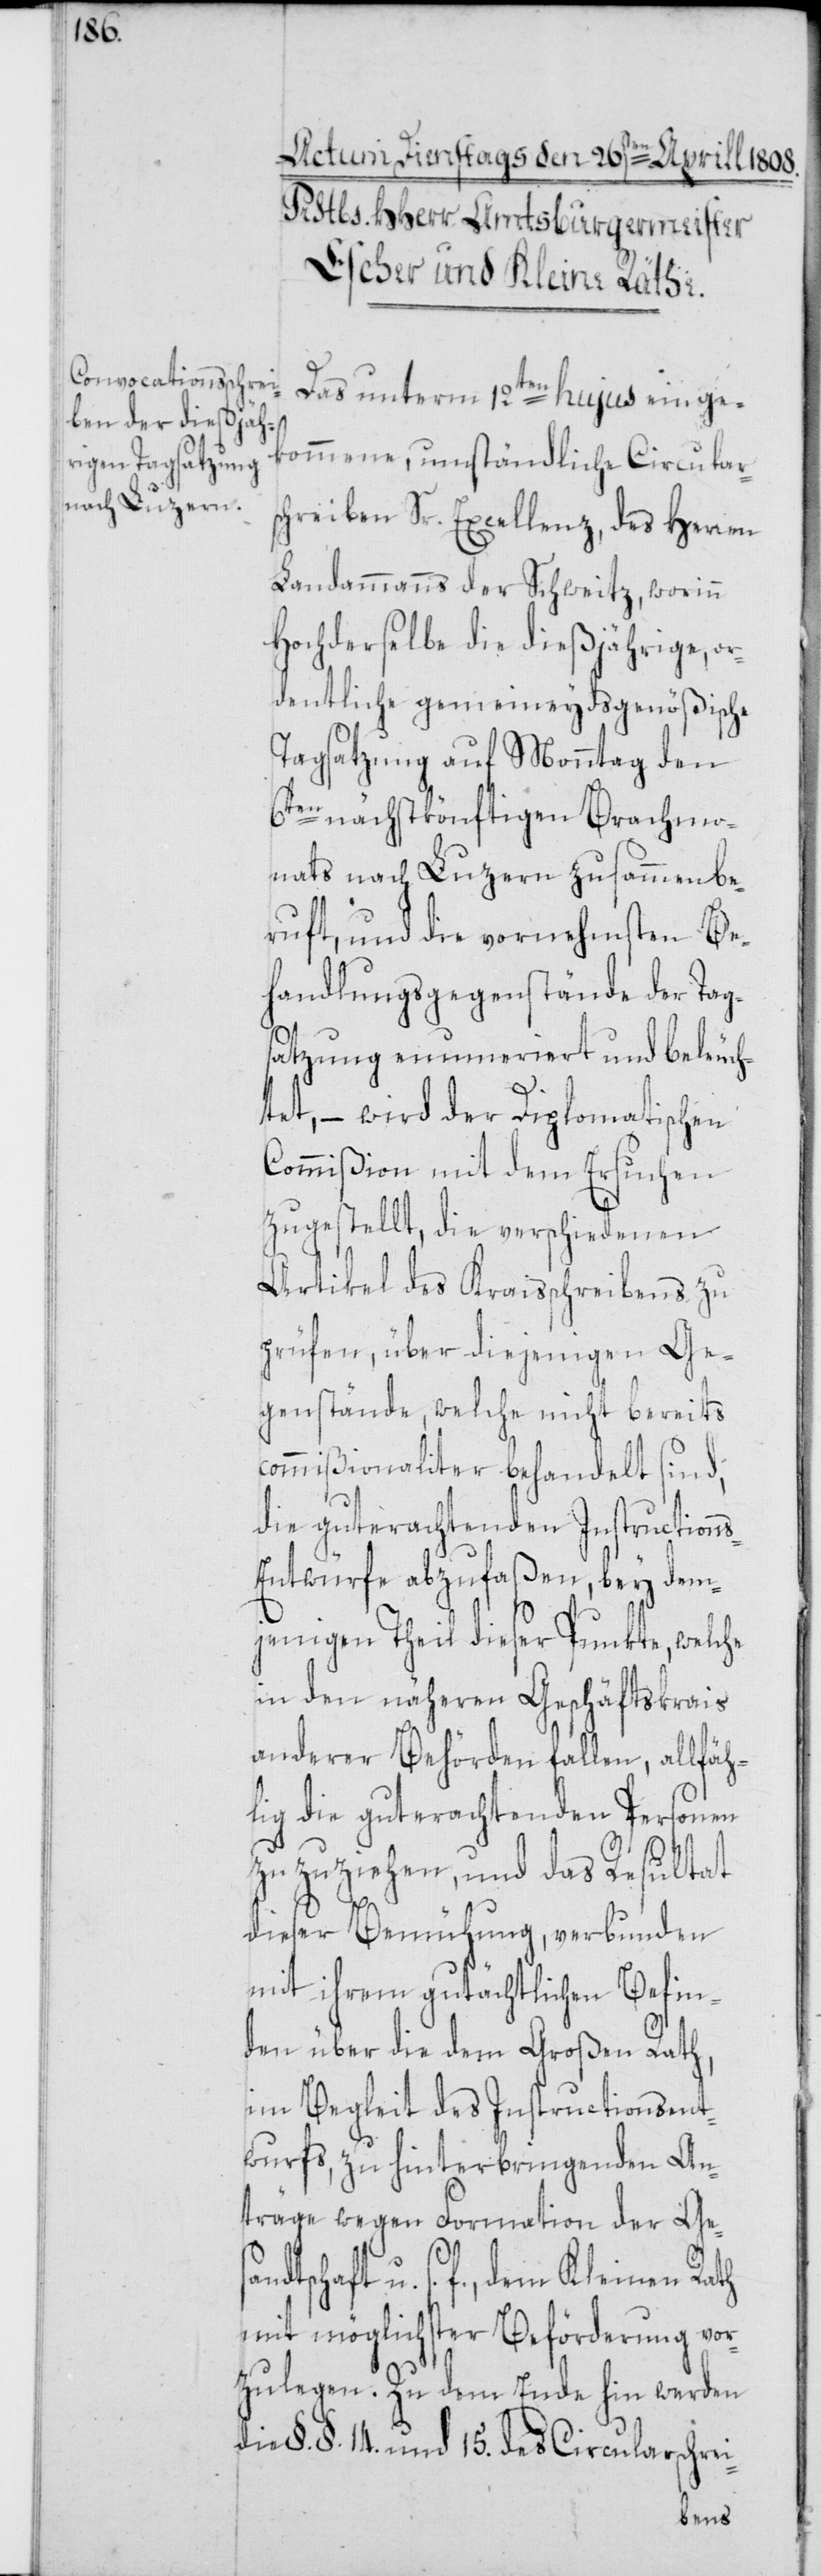
Das unterm 12ten hujus einge¬
kommene, umständliche Circulars¬
chreiben Sr. Excellenz, des Herren
Landammanns der Schweitz, worinn
Hochderselbe die dießjährige, or¬
dentliche gemeineydsgenößische
Tagsatzung auf Monntag den
6ten nächstkönftigen Brachmo¬
nats nach Luzern zusammenbe¬
ruft, und die vornehmsten Be¬
handlungsgegenstände der Tag¬
satzung enumeriert und beleuch¬
tet, – wird der Diplomatischen
Commißion mit dem Ersuchen
zugestellt, die verschiedenen
Artikel des Kraisschreibens zu
prüfen, über diejenigen Ge¬
genstände, welche nicht bereits
commißionaliter behandelt sind,
die guterachtenden Instruction¬
s-Entwürfe abzufaßen, bey dem¬
jenigen Theil dieser Punkte, welche
in den näheren Geschäftskrais
anderer Behörden fallen, allfäh¬
lig die guterachtenden Personen
zu zu ziehen, und das Resultat
dieser Bemühung, verbunden
mit ihrem gutächtlichen Befin¬
den über die dem Großen Rath,
im Begleit des Instructionsent¬
wurfs, zu hinterbringenden An¬
träge wegen Formation der Ge¬
s¬
andtschaft u. s. f., dem Kleinen Rath
mit möglichster Beförderung vor¬
zulegen. Zu dem Ende hin werden
die §. §. 14 und 15. des Circularschrei-